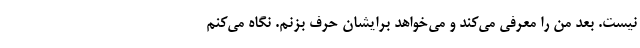
نیست. بعد من را معرفی می‌کند و می‌خواهد برایشان حرف بزنم. نگاه می‌کنم